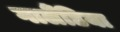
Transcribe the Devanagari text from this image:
गार्लैंडिया